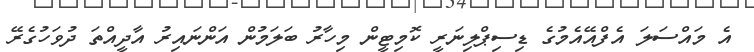
އެ މައްސަލަ އެފްއޭއެމުގެ ޑިސިޕްލިނަރީ ކޮމިޓީން މިހާރު ބަލަމުން އަންނައިރު އާދީއްތަ ދުވަހުގެރޭ